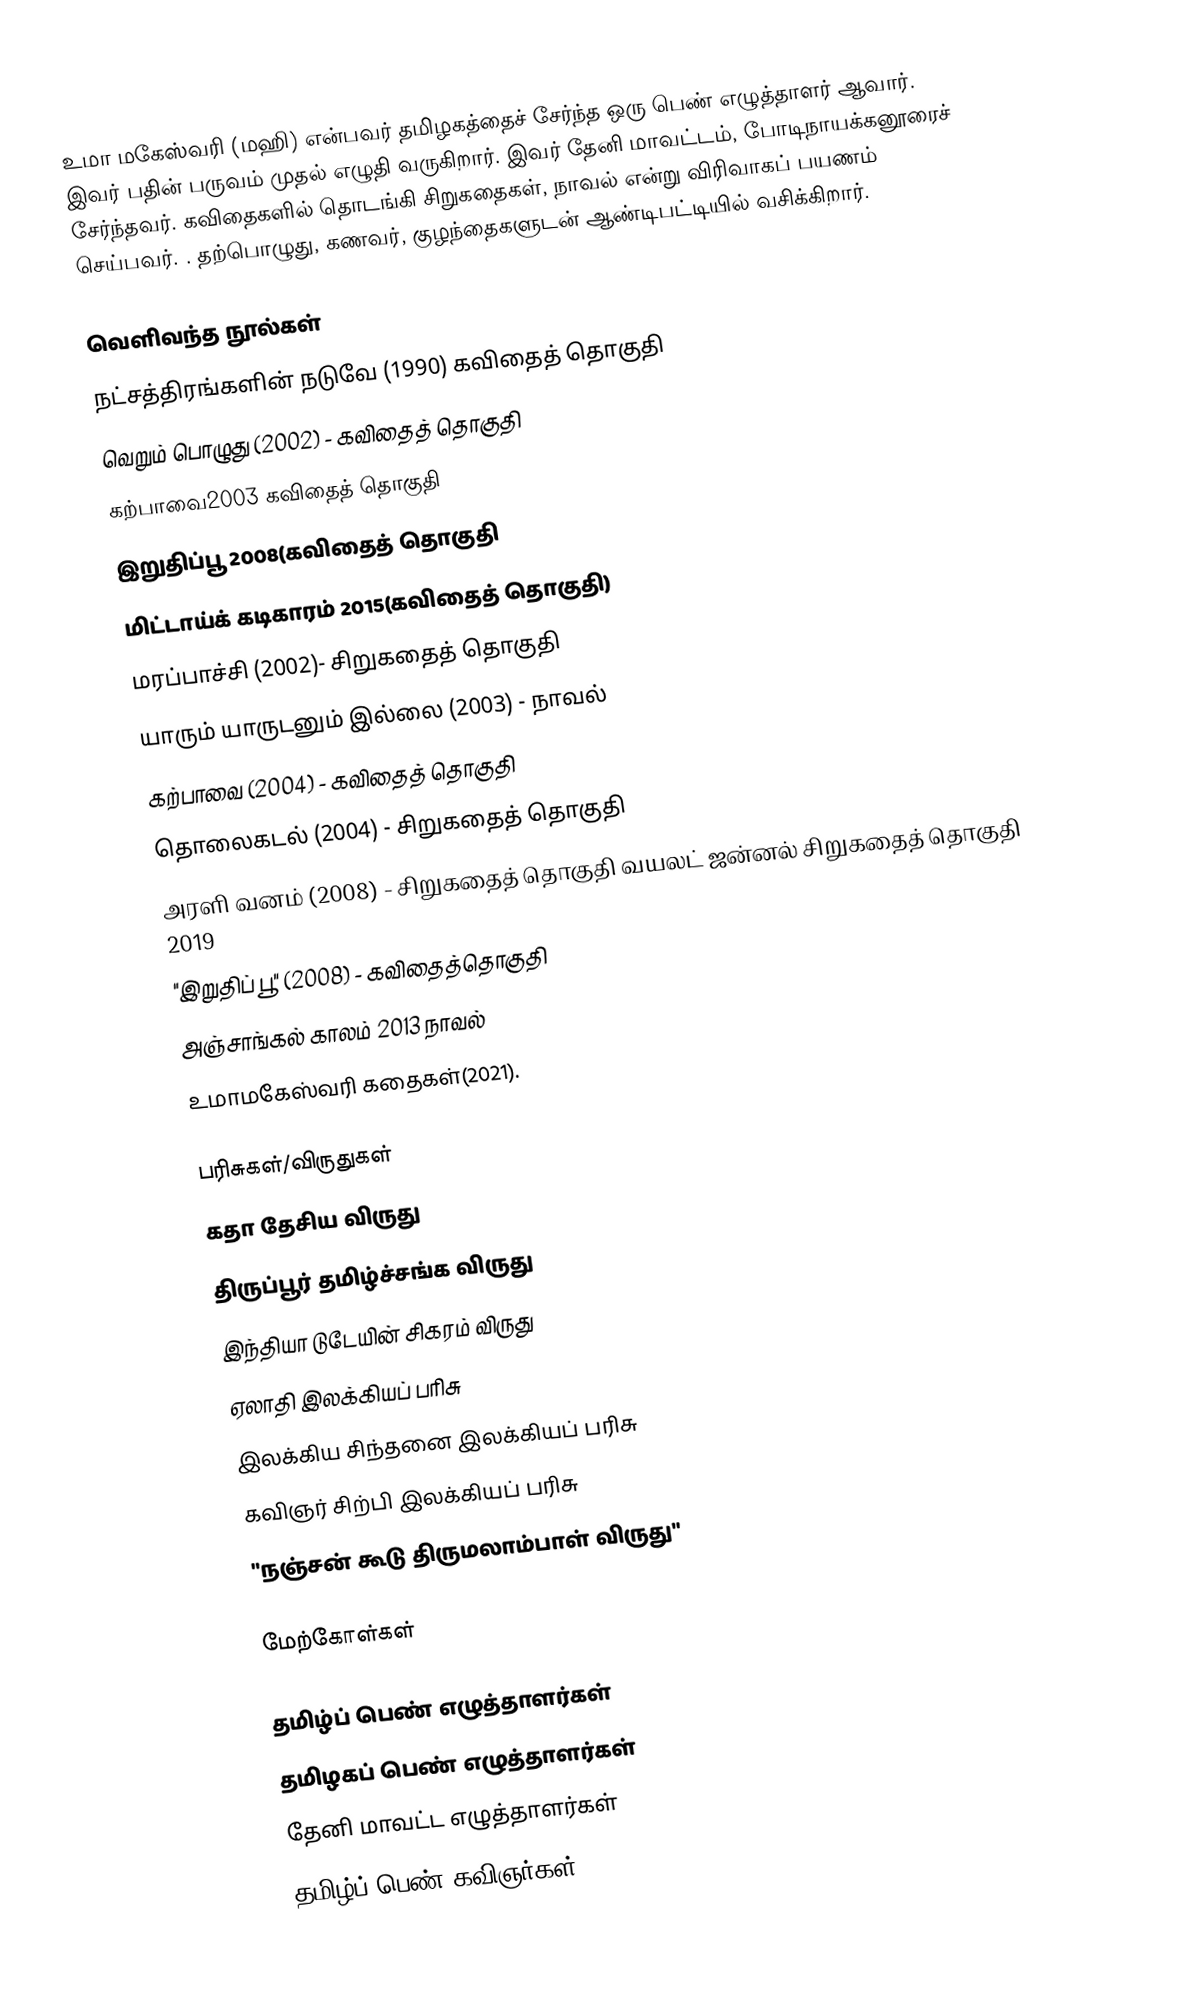
உமா மகேஸ்வரி (மஹி) என்பவர் தமிழகத்தைச் சேர்ந்த ஒரு பெண் எழுத்தாளர் ஆவார். இவர் பதின் பருவம் முதல் எழுதி வருகிறார். இவர் தேனி மாவட்டம், போடிநாயக்கனூரைச் சேர்ந்தவர். கவிதைகளில் தொடங்கி சிறுகதைகள், நாவல் என்று விரிவாகப் பயணம் செய்பவர். . தற்பொழுது, கணவர், குழந்தைகளுடன் ஆண்டிபட்டியில் வசிக்கிறார்.

வெளிவந்த நூல்கள்
 நட்சத்திரங்களின் நடுவே (1990) கவிதைத் தொகுதி
 வெறும் பொழுது (2002) - கவிதைத் தொகுதி
கற்பாவை2003 கவிதைத் தொகுதி
இறுதிப்பூ 2008(கவிதைத் தொகுதி
மிட்டாய்க் கடிகாரம் 2015(கவிதைத் தொகுதி)
 மரப்பாச்சி (2002)- சிறுகதைத் தொகுதி
 யாரும் யாருடனும் இல்லை (2003) - நாவல்
 கற்பாவை (2004) - கவிதைத் தொகுதி
 தொலைகடல் (2004) - சிறுகதைத் தொகுதி
 அரளி வனம் (2008) - சிறுகதைத் தொகுதி வயலட் ஜன்னல்  சிறுகதைத் தொகுதி 2019
 "இறுதிப் பூ" (2008) - கவிதைத்தொகுதி
அஞ்சாங்கல் காலம் 2013 நாவல்
உமாமகேஸ்வரி கதைகள்(2021).

பரிசுகள்/விருதுகள்
 கதா தேசிய  விருது
 திருப்பூர் தமிழ்ச்சங்க விருது
 இந்தியா டுடேயின் சிகரம் விருது
 ஏலாதி இலக்கியப் பரிசு
 இலக்கிய சிந்தனை இலக்கியப் பரிசு
 கவிஞர் சிற்பி இலக்கியப் பரிசு
  "நஞ்சன் கூடு திருமலாம்பாள் விருது"

மேற்கோள்கள்

தமிழ்ப் பெண் எழுத்தாளர்கள்
தமிழகப் பெண் எழுத்தாளர்கள்
தேனி மாவட்ட எழுத்தாளர்கள்
தமிழ்ப் பெண் கவிஞர்கள்